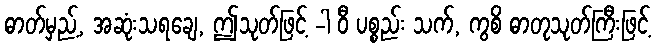
ဓာတ်မှည့်, အဆုံးသရချေ, ဤသုတ်ဖြင့် -ါ ဝီ ပစ္စည်း သက်, ကွစိ ဓာတုသုတ်ကြီးဖြင့်